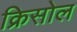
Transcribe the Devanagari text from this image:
क्रिसोल